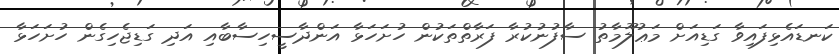
ކަނޑައެޅިފައިވާ ގަޑިއަށް މަޢުލޫމާތު ސާފުނުކުރާ ފަރާތްތަކުން ހުށަހަޅާ އަންދާސީހިސާބާއި އަދި ގަޑިޖެހިގެން ހުށަހަޅާ